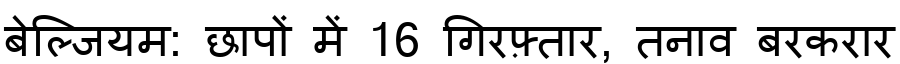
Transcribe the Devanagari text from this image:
बेल्जियम: छापों में 16 गिरफ़्तार, तनाव बरकरार